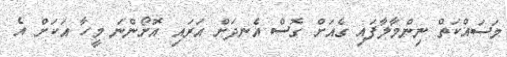
މަސައްކަތް ނިންމާލާފައި ގެއަށް ގޮސް އެނދަށް އަރައި އޮށޯންނަ މީހާ އަކަށް އެ